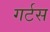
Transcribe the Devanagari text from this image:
गर्टस